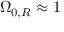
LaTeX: \Omega _ { 0 , R } \approx 1